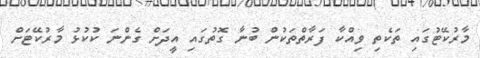
މާރުކޭޓުގައި ތަކެތި ވިއްކާ ފަރާތްތަކުން ބުނާ ގޮތުގައި އީދަށް ގެންނަ ކުކުޅު މާރުކޭޓަށް